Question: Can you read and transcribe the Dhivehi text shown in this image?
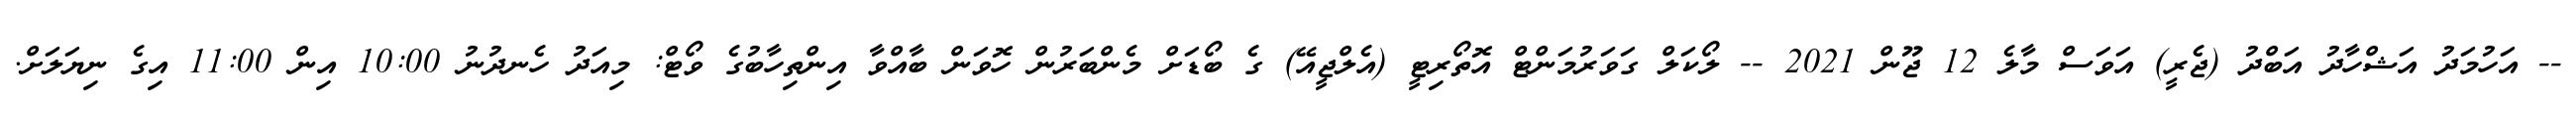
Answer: -- އަހުމަދު އަޝްހާދު އަބްދު (ޖެރީ) އަވަސް މާލެ 12 ޖޫން 2021 -- ލޯކަލް ގަވަރުމަންޓް އޮތޯރިޓީ (އެލްޖީއޭ) ގެ ބޯޑަށް މެންބަރުން ހޮވަން ބާއްވާ އިންތިހާބުގެ ވޯޓް: މިއަދު ހެނދުނު 10:00 އިން 11:00 އިގެ ނިޔަލަށް.